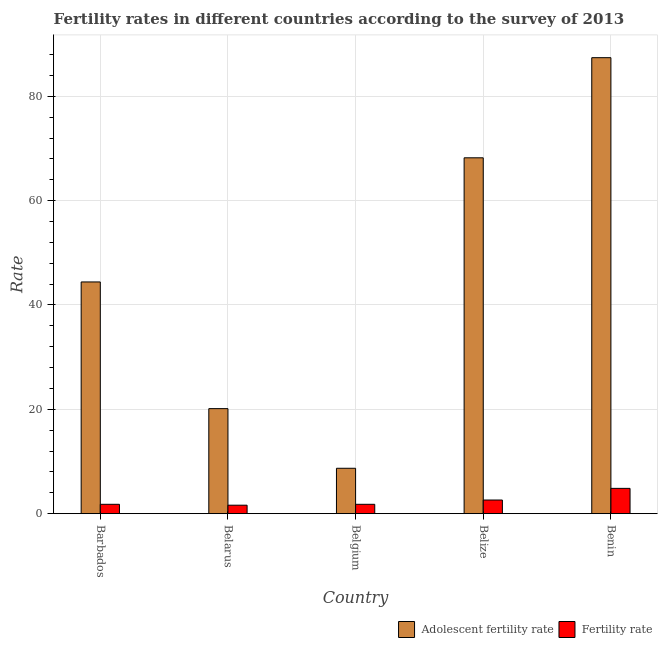
| Country | Adolescent fertility rate | Fertility rate |
 | --- | --- | --- |
 | Barbados | 44.4 | 1.79 |
 | Belarus | 20.1 | 1.62 |
 | Belgium | 8.7 | 1.79 |
 | Belize | 68.2 | 2.61 |
 | Benin | 87.4 | 4.85 |